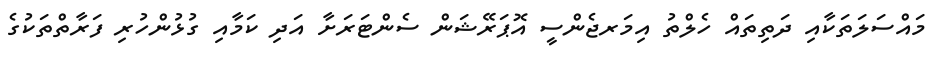
މައްސަލަތަކާއި ދަތިތައް ހެލްތު އިމަރޖެންސީ އޮޕަރޭޝަން ސެންޓަރަށާ އަދި ކަމާއި ގުޅުންހުރި ފަރާތްތަކުގެ